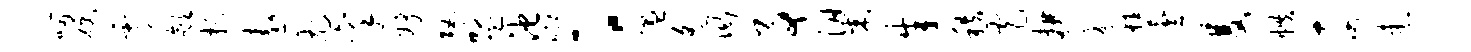
呵硬霄歙扬遨尤禀妤攻盟池唧：温遥衙事梁朱秩窄耕氛鞋芸双帙奈患